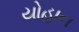
યોહાન